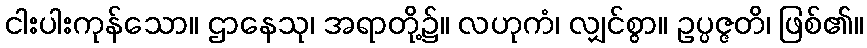
ငါးပါးကုန်သော။ ဌာနေသု၊ အရာတို့၌။ လဟုကံ၊ လျှင်စွာ။ ဥပ္ပဇ္ဇတိ၊ ဖြစ်၏။